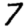
Digit: 7